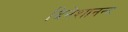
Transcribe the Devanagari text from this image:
दिनेशानन्द